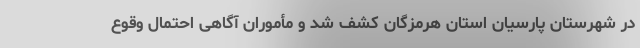
در شهرستان پارسیان استان هرمزگان کشف شد و مأموران آگاهی احتمال وقوع